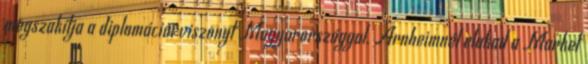
megszakítja a diplomáciai viszonyt Magyarországgal. Arnheimnél elakad a Market